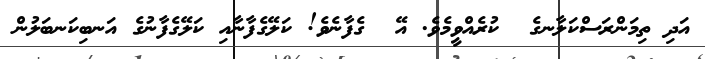
އަދި ތިމަންރަސްކަލާނގެ  ކުރެއްވީމެވެ. އޭ  ގެފާނެވެ! ކަލޭގެފާނާއި ކަލޭގެފާނުގެ އަނބިކަނބަލުން